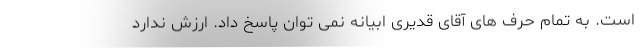
است. به تمام حرف های آقای قدیری ابیانه نمی توان پاسخ داد. ارزش ندارد